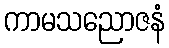
ကာမသညောဇနံ